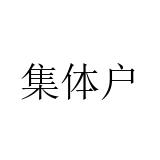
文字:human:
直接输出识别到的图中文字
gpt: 集体户